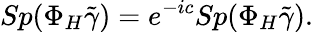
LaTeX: Sp(\Phi_{H}\tilde{\gamma})=e^{-ic}Sp(\Phi_{H}\tilde{\gamma}).